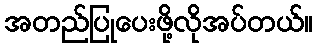
အတည်ပြုပေးဖို့လိုအပ်တယ်။